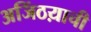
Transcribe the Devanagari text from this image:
अजिंठय़ाची